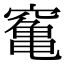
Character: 䆴